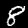
Label: 8